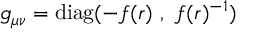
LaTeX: g _ { \mu \nu } = \mathrm { d i a g } ( - f ( r ) \ , \ f ( r ) ^ { - 1 } )